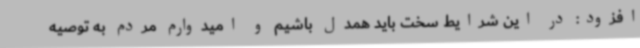
افزود: در این شرایط سخت باید همدل باشیم و امیدوارم مردم به توصیه